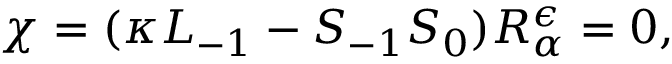
\chi = ( \kappa L _ { - 1 } - S _ { - 1 } S _ { 0 } ) R _ { \alpha } ^ { \epsilon } = 0 ,